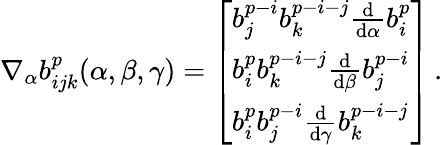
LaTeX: \begin{array}{r}{\nabla_{\alpha}b_{ijk}^{p}(\alpha,\beta,\gamma)=\left[\begin{array}{l}{b_{j}^{p-i}b_{k}^{p-i-j}\frac{\mathrm{d}}{\mathrm{d}\alpha}b_{i}^{p}}\\ {b_{i}^{p}b_{k}^{p-i-j}\frac{\mathrm{d}}{\mathrm{d}\beta}b_{j}^{p-i}}\\ {b_{i}^{p}b_{j}^{p-i}\frac{\mathrm{d}}{\mathrm{d}\gamma}b_{k}^{p-i-j}}\end{array}\right]\, .}\end{array}